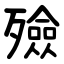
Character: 殮